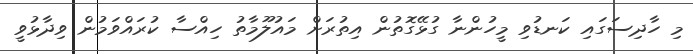
މި ހާދިސަގައި ކަނޑުވި މީހުންނާ ގުޅޭގޮތުން އިތުރަށް މައުލޫމާތު ހިއްސާ ކުރައްވަމުން ވިދާޅުވީ